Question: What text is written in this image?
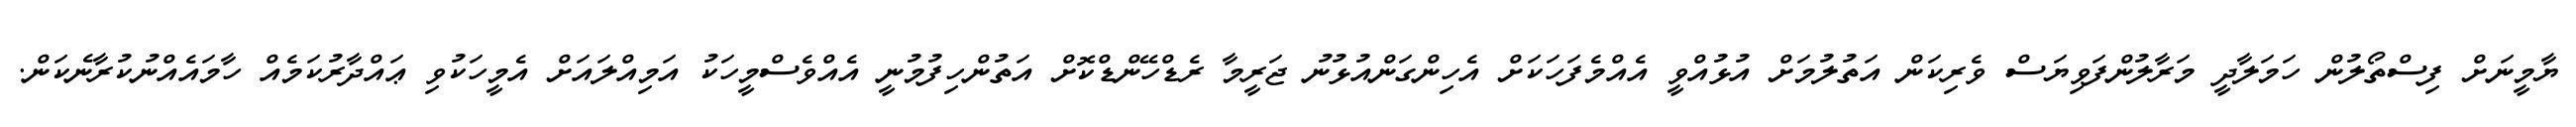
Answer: ޔާމީނަށް ފިސްތޯލުން ހަމަލާދީ މަރާލުންފަވިޔަސް ވެރިކަން އަތުލުމަށް އުޅުއްވީ އެއްމެފަހަކަށް އެހިންގަންއުޅުނު ޖަރީމާ ރެޑްހޭންޑްކޮށް އަތުންހިފުމުނީ އެއްވެސްމީހަކު އަމިއްލައަށް އެމީހަކުވި ޢައްދާރުކަމެއް ހާމައެއްނުކުރާނެކަން.